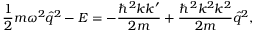
\frac { 1 } { 2 } m \omega ^ { 2 } \hat { q } ^ { 2 } - E = - \frac { \hbar ^ { 2 } k k ^ { \prime } } { 2 m } + \frac { \hbar ^ { 2 } k ^ { 2 } k ^ { 2 } } { 2 m } \hat { q } ^ { 2 } ,